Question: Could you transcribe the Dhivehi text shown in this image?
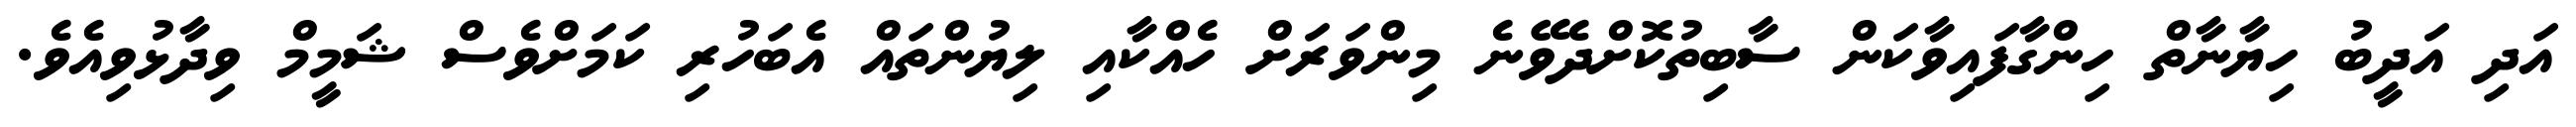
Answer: އަދި އަދީބު ހިޔާނާތް ހިންގާފައިވާކަން ސާބިތުކޮށްދެވޭނެ މިންވަރަށް ހެއްކާއި ލިޔުންތައް އެބަހުރި ކަމަށްވެސް ޝަމީމް ވިދާޅުވިއެވެ.